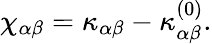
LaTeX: \begin{array}{r}{{\chi}_{\alpha\beta}={\kappa}_{\alpha\beta}-{\kappa}_{\alpha\beta}^{(0)}.}\end{array}